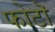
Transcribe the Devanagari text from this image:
फोटॊ